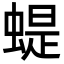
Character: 蝭